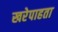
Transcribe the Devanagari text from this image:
खरेपाहता